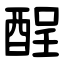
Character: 酲